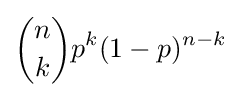
{n \choose k}p^{k}(1-p)^{n-k}